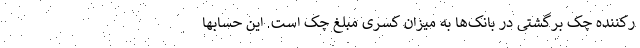
رکننده چک برگشتی در بانک‌ها به میزان کسری مبلغ چک است. این حسابها